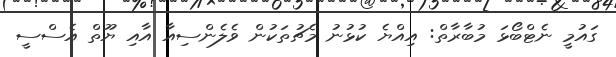
ގައުމީ ނެޓްބޯޅަ މުބާރާތް: އިއްޔެ ކުޅުނު މެޗުތަކުން ވެލެންސިއާ އާއި ޔޫތް އެސްސީ